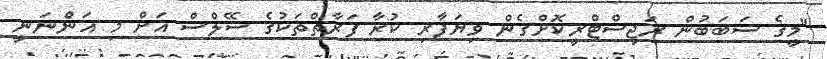
"މީގެ ސަބަބުން ރަޖިސްޓްރީކޮށްގެން ވިޔަފާރި ކުރާ ފަރާތްތަކުގެ ސޭލްސް އަށް މި އަންނަނީ